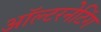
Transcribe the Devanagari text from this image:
ऑल्टरनेटिंग